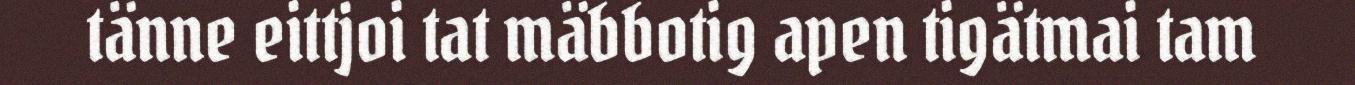
tänne eittjoi tat mäbbotig apen tigätmai tam